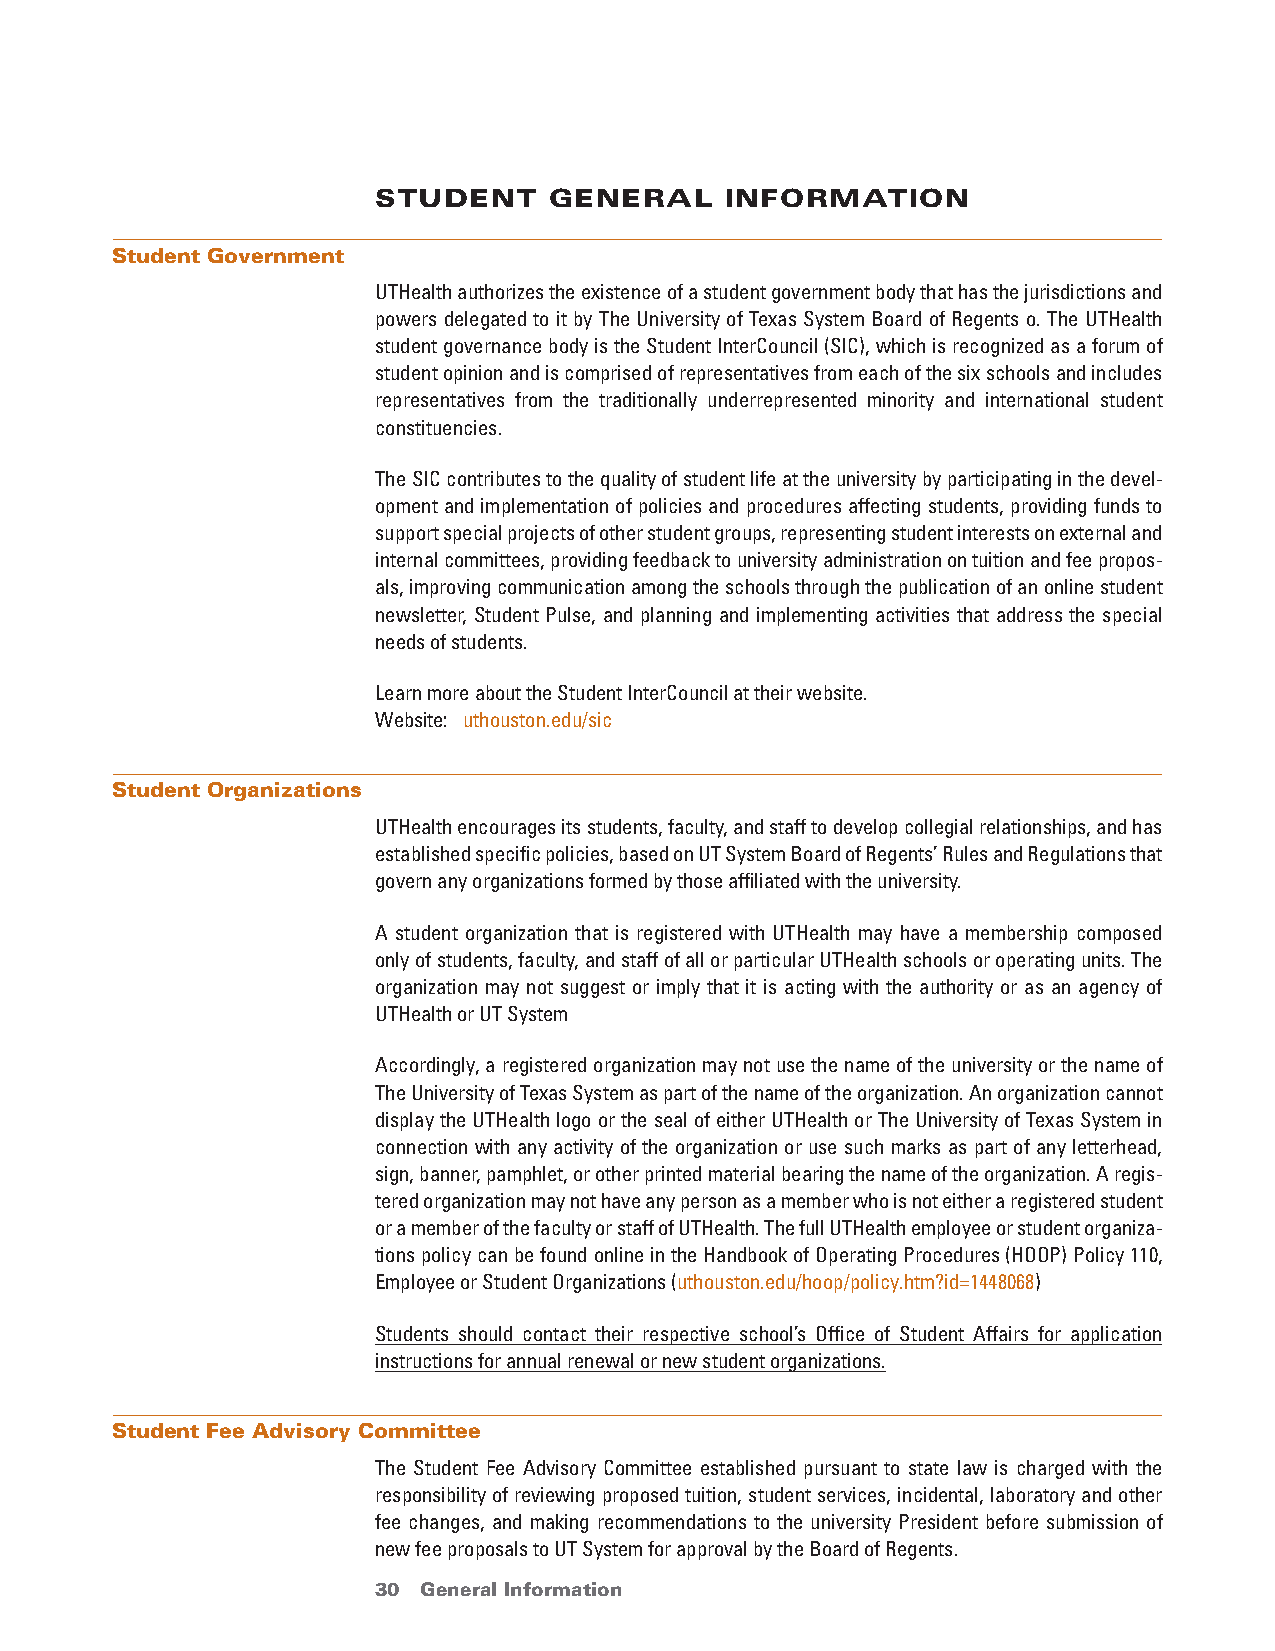
stUdent    general     information
 Student Government
 UTHealth authorizes the existence of a student government body that has the jurisdictions and
 powers delegated to it by The University of Texas System Board of Regents o. The UTHealth
 student governance body is the Student InterCouncil (SIC), which is recognized as a forum of
 student opinion and is comprised of representatives from each of the six schools and includes
 representatives from the traditionally underrepresented minority and international student
 constituencies.
 The SIC contributes to the quality of student life at the university by participating in the devel-
 opment and implementation of policies and procedures affecting students, providing funds to
 support special projects of other student groups, representing student interests on external and
 internal committees, providing feedback to university administration on tuition and fee propos-
 als, improving communication among the schools through the publication of an online student
 newsletter, Student Pulse, and planning and implementing activities that address the special
 needs of students.
 Learn more about the Student InterCouncil at their website.
 Website: uthouston.edu/sic
 Student Organizations
 UTHealth encourages its students, faculty, and staff to develop collegial relationships, and has
 established specific policies, based on UT System Board of Regents’ Rules and Regulations that
 govern any organizations formed by those affiliated with the university.
 A student organization that is registered with UTHealth may have a membership composed
 only of students, faculty, and staff of all or particular UTHealth schools or operating units. The
 organization may not suggest or imply that it is acting with the authority or as an agency of
 UTHealth or UT System
 Accordingly, a registered organization may not use the name of the university or the name of
 The University of Texas System as part of the name of the organization. An organization cannot
 display the UTHealth logo or the seal of either UTHealth or The University of Texas System in
 connection with any activity of the organization or use such marks as part of any letterhead,
 sign, banner, pamphlet, or other printed material bearing the name of the organization. A regis-
 tered organization may not have any person as a member who is not either a registered student
 or a member of the faculty or staff of UTHealth. The full UTHealth employee or student organiza-
 tions policy can be found online in the Handbook of Operating Procedures (HOOP) Policy 110,
 Employee or Student Organizations (uthouston.edu/hoop/policy.htm?id=1448068)
 Students should contact their respective school’s Office of Student Affairs for application
 instructions for annual renewal or new student organizations.
 Student Fee Advisory Committee
 The Student Fee Advisory Committee established pursuant to state law is charged with the
 responsibility of reviewing proposed tuition, student services, incidental, laboratory and other
 fee changes, and making recommendations to the university President before submission of
 new fee proposals to UT System for approval by the Board of Regents.
 30 General Information                 return to Table of Contents